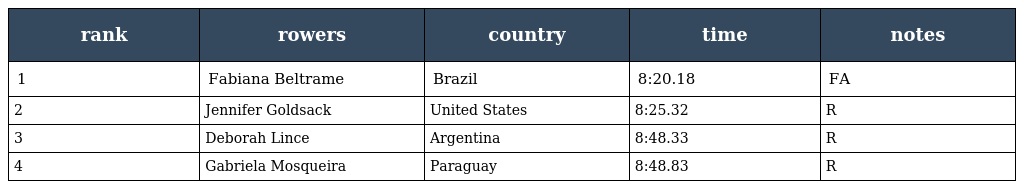
| rank | rowers | country | time | notes |
 | --- | --- | --- | --- | --- |
 | 1 | Fabiana Beltrame | Brazil | 8:20.18 | FA |
 | 2 | Jennifer Goldsack | United States | 8:25.32 | R |
 | 3 | Deborah Lince | Argentina | 8:48.33 | R |
 | 4 | Gabriela Mosqueira | Paraguay | 8:48.83 | R |